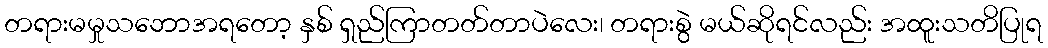
တရားမမှုသဘောအရတော့ နှစ် ရှည်ကြာတတ်တာပဲလေး၊ တရားစွဲ မယ်ဆိုရင်လည်း အထူးသတိပြုရ